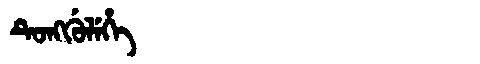
Manchu: ᡨᡠᠩᡤᡠᠯᡝᡥᡝ
Romanization: TUNGGULEHE